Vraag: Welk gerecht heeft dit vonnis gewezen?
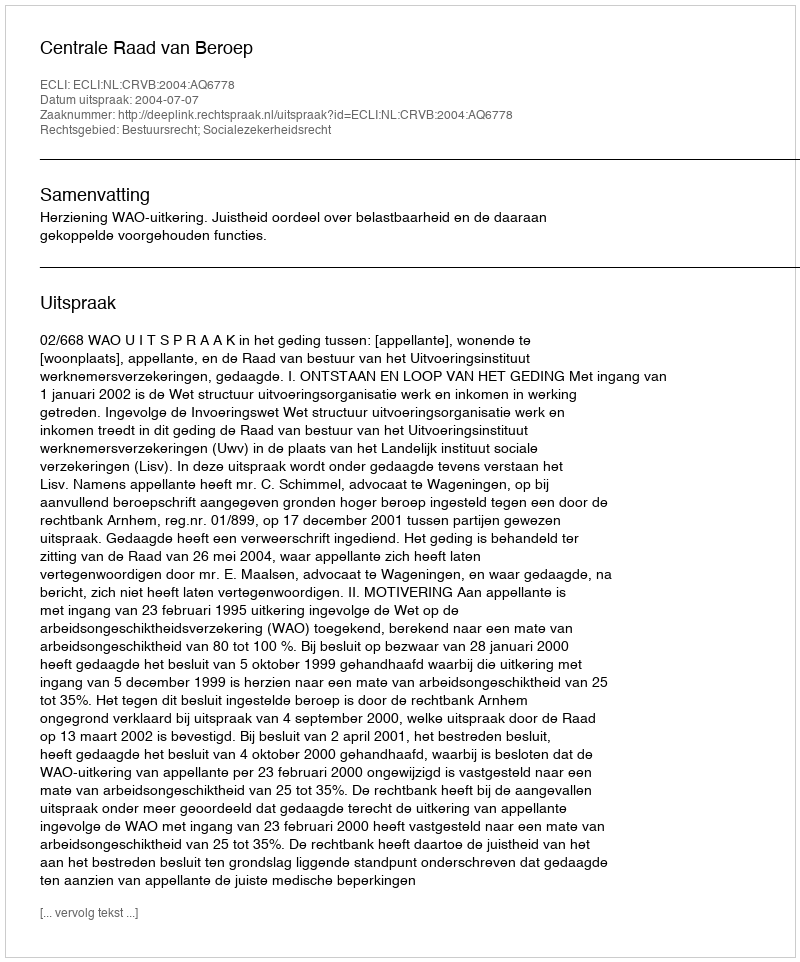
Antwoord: Centrale Raad van Beroep